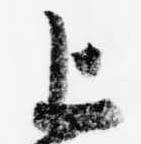
上